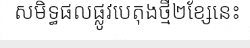
សមិទ្ធផលផ្លូវបេតុងថ្មី២ខ្សែនេះ